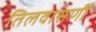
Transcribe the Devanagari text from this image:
तिलवासणी